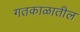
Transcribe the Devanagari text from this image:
गतकाळातील